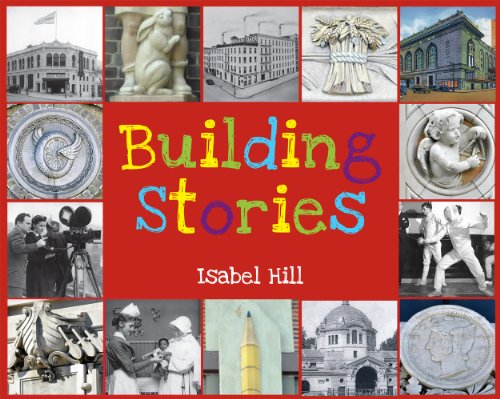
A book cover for Building Stories (PB); Isabel Hill; Children's Books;